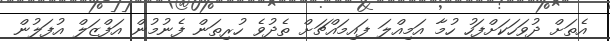
އެތަށް ދުވަހަކަށްފަހު ހުމާ އަމިއްލަ ފައިމައްޗަށް ތެދުވެ ހުރިތަން ފެނުމުން އަފްޒަލް އުފަލުން